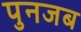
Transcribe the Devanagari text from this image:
पुनजब